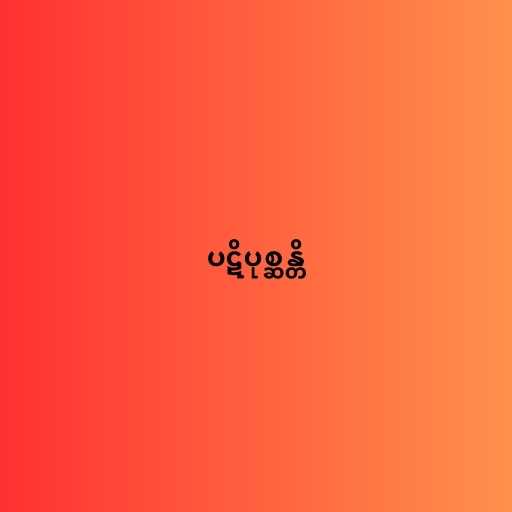
ပဋိပုစ္ဆန္တိ